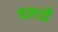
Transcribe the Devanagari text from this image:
चलावै